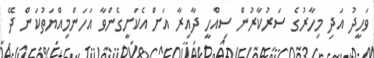
ވަހީދު އަދި މިހާރުގެ ސަރުކާރުން ސިއްހީ ދާއިރާ އަށް އެކަށީގެންވާ އަހަންމިއްޔަތުކަން ދޭ